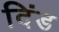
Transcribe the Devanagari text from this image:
दिंड